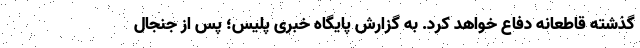
گذشته قاطعانه دفاع خواهد کرد. به گزارش پایگاه خبری پلیس؛ پس از جنجال